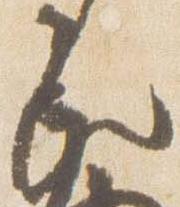
歟